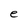
Character: e